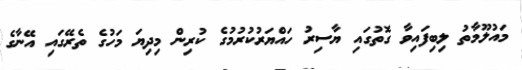
މައުލޫމާތު ލިބިފައިވާ ގޮތުގައި ޔާސިރު ހައްޔަރުކުރުމުގެ ކުރިން މިދިޔަ މަހުގެ ތެރޭގައި އޭނާގެ